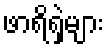
ဖာရိရှဲများ